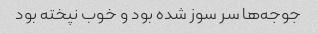
جوجه‌ها سر سوز شده بود و خوب نپخته بود